Sanitation, dispensaries and jails vaccination Rajputana 1922-1927 - 1922-1927
Year: 1922
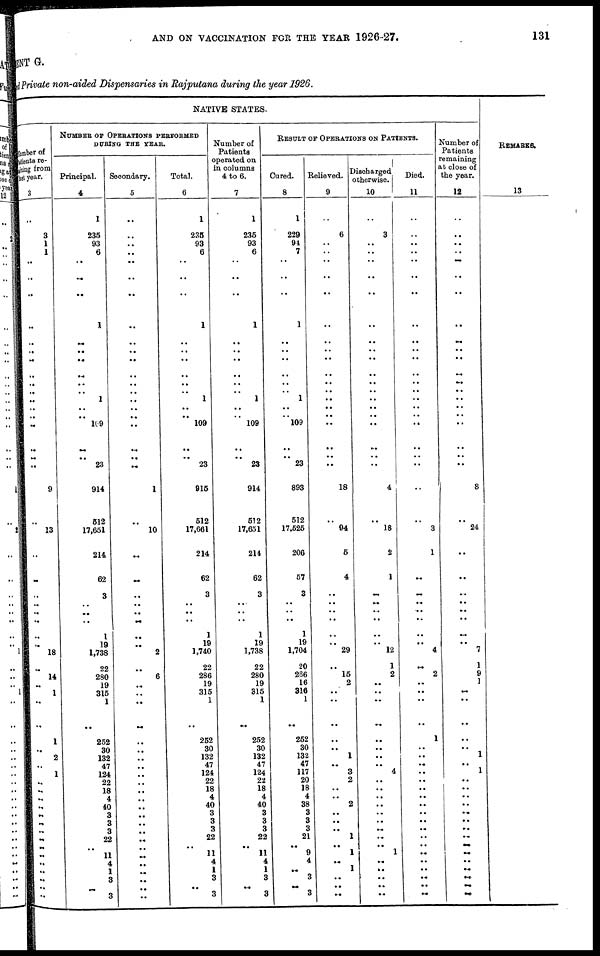
AND ON VACCINATION FOR THE YEAR 1926-27.
131
MENT G.
Private non-aided Dispensaries in Rajputana during the year 1926.
NATIVE STATES.
Number of
Patients re¬
mai ni ng from
last year.
3
..
3
1
1
..
..
..
..
..
..
..
..
..
..
..
..
..
..
..
..
..
9
..
13
..
..
..
..
..
..
..
..
18
..
14
..
1
..
..
1
..
2
..
1
..
..
..
..
..
..
..
..
..
..
..
..
..
..
..
NUMBER OF OPERATIONS PERFORMED
DURING THE YEAR.
Principal.
4
1
235
93
6
..
..
..
1
..
..
..
..
..
..
1
..
..
109
..
..
23
914
512
17,651
214
62
3
..
..
..
1
19
1,738
22
280
19
315
1
..
252
30
132
47
124
22
18
4
10
3
3
3
22
..
11
4
1
3
..
3
Secondary.
5
..
..
..
..
..
..
..
..
..
..
..
..
..
1
..
..
..
..
..
..
..
1
..
10
..
..
..
..
..
..
..
..
2
..
6
..
..
..
..
..
..
..
..
..
..
..
..
..
..
..
..
..
..
..
..
..
..
..
..
Total.
6
1
235
93
6
..
..
..
1
..
..
..
..
..
..
1
..
..
109
..
..
23
915
512
17,661
214
62
3
..
..
..
1
19
1,740
22
286
19
315
1
..
252
30
132
47
124
22
18
4
40
3
3
3
22
..
11
4
1
3
..
3
Number of
Patients
operated on
in columns
4 to 6.
7
1
235
93
6
..
..
..
1
..
..
..
..
..
..
1
..
..
109
..
..
23
914
512
17,651
214
62
3
..
..
..
1
19
1,738
22
280
19
315
1
..
252
30
132
47
124
22
18
4
40
3
3
3
22
..
11
4
1
3
..
3
RESULT OF OPERATIONS ON PATIENTS.
Cured.
8
1
229
94
7
..
..
..
1
..
..
..
..
..
..
1
..
..
109
..
..
23
893
512
17,525
206
57
3
..
..
..
1
19
1,704
20
266
16
316
1
..
252
30
132
47
117
20
18
4
38
3
3
3
21
..
9
4
..
3
.. 3
Relieved.
9
..
6
..
..
..
..
..
..
..
..
..
..
..
..
..
..
..
..
..
..
..
18
..
94
5
4
..
..
..
..
..
..
29
..
15
2
..
..
..
..
..
1
..
3
2
..
..
2
..
..
..
1
..
1
..
1
..
..
..
Discharged
otherwise.
10
..
3
..
..
..
..
..
..
..
..
..
..
..
..
..
..
..
..
..
..
..
4
..
18
2
1
..
..
..
..
..
..
12
1
2
..
..
..
..
..
..
..
..
4
..
..
..
..
..
..
..
..
..
1
..
..
..
..
..
Died.
11
..
..
..
..
..
..
..
..
..
..
..
..
..
..
..
..
..
..
..
..
..
..
..
3
1
..
..
..
..
..
..
..
4
..
2
..
..
..
..
1
..
..
..
..
..
..
..
..
..
..
..
..
..
..
..
..
..
..
..
Number of
Patients
remaining
at close of
the year.
12
..
..
..
..
..
..
..
..
..
..
..
..
..
..
..
..
..
..
..
..
..
8
..
24
..
..
..
..
..
..
..
..
7
1
9
1
..
..
..
..
..
1
..
1
..
..
..
..
..
..
..
..
..
..
..
..
..
..
..
REMARKS.
13